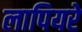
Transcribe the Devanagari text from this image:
लापियरे